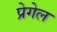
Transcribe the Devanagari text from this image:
प्रेगेल